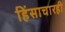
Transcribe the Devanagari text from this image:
हिंसाचारही